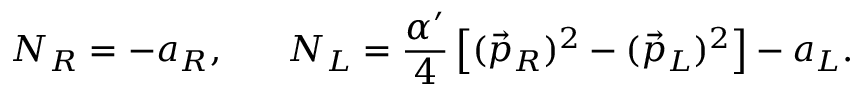
N _ { R } = - a _ { R } , \ \ \ \ \ N _ { L } = { \frac { \alpha ^ { \prime } } { 4 } } \left[ ( \vec { p } _ { R } ) ^ { 2 } - ( \vec { p } _ { L } ) ^ { 2 } \right] - a _ { L } .